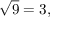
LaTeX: { \sqrt { 9 } } = 3 ,